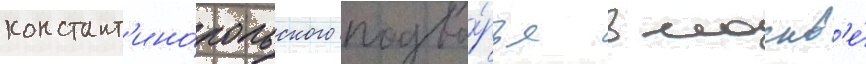
констант'ино́польского подво́рья в москв'е́